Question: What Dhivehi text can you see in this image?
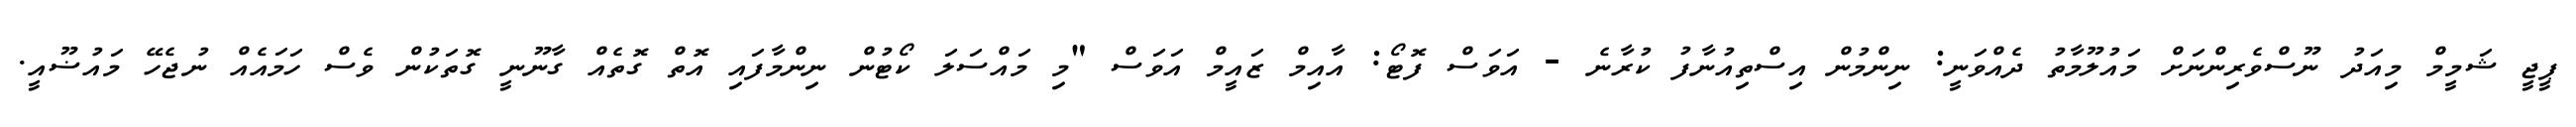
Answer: ޕީޖީ ޝަމީމް މިއަދު ނޫސްވެރިންނަށް މައުލޫމާތު ދެއްވަނީ: ނިންމުން އިސްތިއުނާފު ކުރާނެ - އަވަސް ފޮޓޯ: އާއިމް ޒައީމް އަވަސް "މި މައްސަލަ ކޯޓުން ނިންމާފައި އޮތް ގޮތެއް ގާނޫނީ ގޮތަކުން ވެސް ހަމައެއް ނުޖެހޭ މައުޟޫއީ.